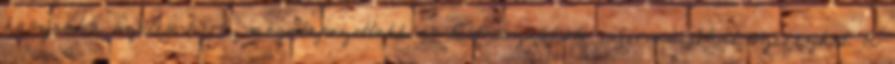
használva széles körű, megalapozottabb és testreszabható információkat szerezhet. A